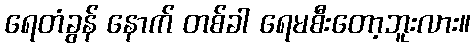
ရေတံခွန် နောက် တစ်ခါ ရေမစီးတော့ဘူးလား။